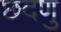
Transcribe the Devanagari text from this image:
छदणु